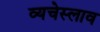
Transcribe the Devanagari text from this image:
व्यचेस्लाव